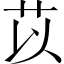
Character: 苡